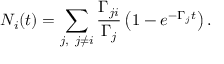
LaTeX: N _ { i } ( t ) = \sum _ { j , \ j \neq i } \frac { \Gamma _ { j i } } { \Gamma _ { j } } \left( 1 - e ^ { - \Gamma _ { j } t } \right) .